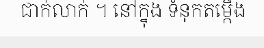
ជាក់លាក់ ។ នៅក្នុង ទំនុកតម្កើង